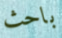
باحث